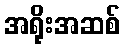
အရိုးအဆစ်